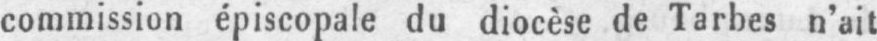
commission épiscopale du diocèse de Tarbes n’ait